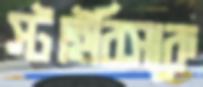
স্টাইরিসকে